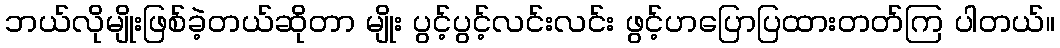
ဘယ်လိုမျိုးဖြစ်ခဲ့တယ်ဆိုတာ မျိုး ပွင့်ပွင့်လင်းလင်း ဖွင့်ဟပြောပြထားတတ်ကြ ပါတယ်။